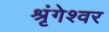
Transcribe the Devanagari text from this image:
श्रृंगेश्वर